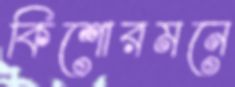
কিশোরমনে